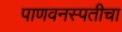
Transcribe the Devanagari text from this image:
पाणवनस्पतीचा